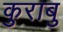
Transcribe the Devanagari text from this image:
कुराबु